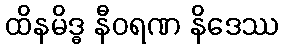
ထိနမိဒ္ဓ နီဝရဏ နိဒေဿ